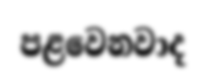
පළවෙනවාද